Vital statistics of India. Vol. IV, Annual returns from 1871 to 1876. British Army of India, Native Army and jails of Bengal
Year: 1871
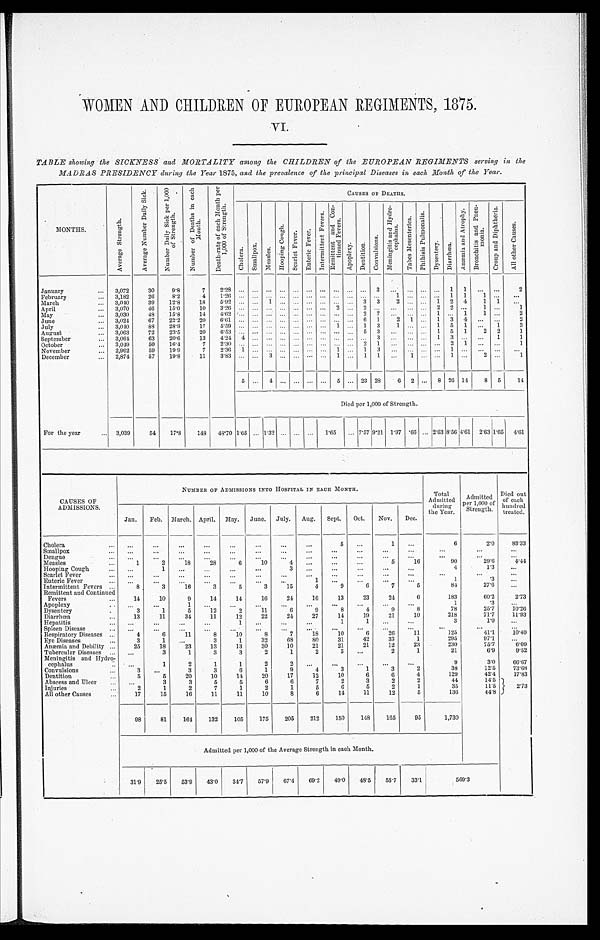
WOMEN AND CHILDREN OF EUROPEAN REGIMENTS, 1875.
VI.
TABLE showing the SICKNESS and MORTALITY among the CHILDREN of the EUROPEAN REGIMENTS Serving in the
MADRAS PRESIDENCY during the Year 1875, and the prevalence of the principal Diseases in each Month of the Year.
MONTHS.
A v e r a g e S t r e n g t h .
A v e r a g e N u m b e r D a i l y S i c k .
N u m b e r D a i l y S i c k p e r 1 , 0 0 0
of St r engt h. N u m b e r o f D e a t h s i n e a c h
Mont h.
D e a t h - r a t e o f e a c h M o n t h p e r
1 , 0 0 0 o f S t r e n g t h .
CAUSES OP DEATUS.
C h o l e r a .
S m a l l p o x . Me a s l e s .
H o o p i n g C o u g h .
S c a r l e t F e v e r .
E n t e r i c F e v e r .
I n t e r m i t t e n t F e v e r s .
R e m i t t e n d a n d C o n -
t i n u e d F e v e r s .
Apopl exy.
D e n t i t i o n . C o n v u l s i o n s .
M e n i n g i t i s a n d H y d r o -
c e p h a l u s .
T a b e s M e s e n t e r i c a .
P h t h i s i s P u l m o n a l i s .
Dy s e n t r y . D i a r r h œ a .
A n æ m i n a n d A t r o p h y . B r o n c h i t i s a n d P n e u -
mo n i n .
C r o u p a n d D i p h t h e r i a .
A l l o t h e r C a u s e s .
January ...
3,072
30
9.8
7 2.28... ... ... ... ... ... ... ... ... ... 3 ... ... .. ... 1 1 ... ...
2
February
... 3,182
26
8.2
4
1.26 ... ... ... ... ... ... ... ... ... ... ...
1 ... ... ... 1 1
1 ... ...
March
... 3,040
39
12.8
1 8
5.92... ... 1 ... ... ... ... ... ... 3 3
2 ... ... 1 2 4
1 1 ...
Apr i l . . .
3,070
46
15.0
10 3.26 ... ... ... ... ... ... ... 2 ... 2 ... ... ... .. 2 2 ...
1 ...
1
May ...
3,030
48
15.8
14 4.62 ... ... ... ... ... ... ... ... ... 2 7
... ... ... 1 ... 1 1 ...
2
June
... 3,024
67
22.2
20
6 . 6 1 ... ... ... ... ... ... ... ... ... 6 1 2 1 ... 1 3 4 ... ...
2
Jul y . . .
3,040
88 28.9
1 7
5.59... ... ... ... ... ... ... 1 ... 1 3 1
... ... 1 5 1 ... 1
3
August
... 3,063
72
23.5
2 0
6.53 ... ... ... ... ... ... ... ... ... 5 3 ... ... ... 1 5 1 2
2
1
September
... 3,064
63
20.6
1 3
4 . 2 4
4 ... ... ... ... ... ... ... ... ... 3 ... ... ... 1 3 ... ... 1
1
October
... 3,049
50
16.4
7 2.30
... ... ... ... ... ... ... ... ... 2 1 ... ... ... ... 2 1 ... ... 1
November
... 2,962
59
19.9
7
2.361 ... ... ... ... ... ... 1 ... 1 3 ... ... ... ... 1 ...
......
...
December
... 2,874
57
19.8
1 1
3.83
... ... 3 ... ... ... ... 1 ... 1 1 ... 1 ... ... 1 ... 2 ... 1
5 ... 4 ... ... ... ... 5 ... 23 28
6 2 ... 8 26 14
8 5
14
Died per 1,000 of Strength.
For the year
... 3,039
54
17.8 148 48.70 1.65 ... 1.32 ... ... ... 1.65 ... 7.57 9.21 1.97 .66 ... 2.63 8.564.61 2.63 1.65 4.61
CAUSES OF
ADMISSIONS.
NUMBER OF ADMISSIONS INTO HOSPITAL IN EACH MONTH.
Total
Admitted
during
the Year.
Admitted
per 1,000 of
Strength.
Died out
of each
hundred
treated.
Jan. Feb. March. April. May. June. July. Aug. Sept. Oct. Nov. Dec.
Cholera
...
...
...
...
...
...
...
...
... 5
...
1
...
6
2.0
83.33
Smallpox
... ...
... ...
...
...
... ...
...
...
...
...
...
...
...
...
Dengue
... ...
...
...
...
... ...
...
... ...
...
...
...
...
...
...
Measl es . . .
1
2
18
28
6
10 4
...
... ...
5
16 90
29.6
4.44
Hooping Cough
... ...
1 ...
...
...
... 3
...
...
...
...
...
4
1.3
...
Scarlet Fever ...
...
...
...
...
... ...
...
...
...
...
...
...
...
...
...
Enteric Fever
...
...
... ...
...
...
...
... 1
... ...
...
... 1
.3
...
Intermittent Fevers ...
8
3
16
3
5
3
15
4
9
6
7
5
84
27.6 ...
Remittent and Continued
Fevers...
14
10
9
14
14
16
24
16
13
23
24
6
183
60.2
2.73
Apoplexy ...
...
... 1
...
...
...
...
...
...
...
...
... 1
.3 ...
Dysentery ...
3
1
5
12
2
11
6
9
8
4
9
8
78 25.7
10.26
Di arrhœa ...
13
11
34
11
12
22
24
27
14
19
21
10
218
71.7
11.93
Hepatitis... ...
...
... ...
1
...
...
... 1
1
...
... 3
1.0
...
Spleen Diseas ...
... ...
... ...
...
...
...
...
...
...
...
...
...
...
...
Respiratory Diseases ...
4
6
11
8
10
8
7
18
10
6
26
11
125
41.1
10. 40
Eye Diseases
...
3
1 ...
3
1 32 68
80 31 42 33 1
295
97.1
...
Anæmia and Debility ...
25
18
23
13
13
30
10
21
21
21
12
23
230
75.7
6.09
Tubercular Diseases ... ...
3
1
3
3
2
1
2 3
... 2
1
21
6.9
9.52
Meningitis and Hydro-
cephalus
... ...
1
2
1
1
2 2
...
...
...
...
...
9
3.0
66.67
Convulsions
... 3
...
3
3
6
1
9
4
3
1
3
2
38
12.5
73.68
D e b t i t i o n . . .
5
5
20
10
14
20
17
12
10
6
6
4
129
42.4
17.83
Abscess and Ulcer ... ...
3
3
5
5
6
6
7
2 3
2
2
44
14.5
2.73
Inj uri es ...
2
1
2
7
1
2
1
5
6
5
2
1
35 11.5
All other Causes... 17
15
16
11
11
10
8
6
14
11
12
5
136
44.8
98
81
164 132
105
175
205
212
150
148
165
95
1,730
Admitted per 1,000 of the Average Strength in each Month.
31.9 25.5
53.9 43.0 34.7 57.9 67.4 69.2 49.0 48.5 55.7 33.1
569.3